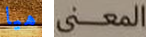
هيا المعنى